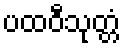
ပထဝီသုတ္တံ